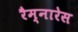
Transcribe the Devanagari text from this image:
रैम्नारेस